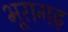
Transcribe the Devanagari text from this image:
भूरागढ़